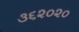
૩૬૨૦૨૦